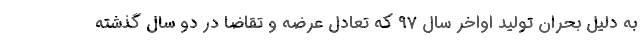
به دلیل بحران تولید اواخر سال 97 که تعادل عرضه و تقاضا در دو سال گذشته